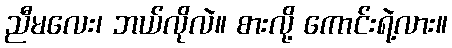
ညီမလေး၊ ဘယ်လိုလဲ။ စားလို့ ကောင်းရဲ့လား။